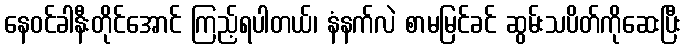
နေဝင်ခါနီးတိုင်အောင် ကြည့်ရပါတယ်၊ နံနက်လဲ စာမမြင်ခင် ဆွမ်းသပိတ်ကိုဆေးပြီး